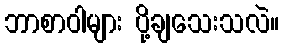
ဘာစာဝါများ ပို့ချသေးသလဲ။